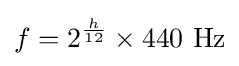
f=2^{\frac {h}{12}}\times 440{\text{ Hz}}